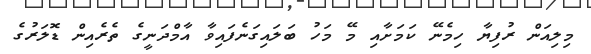
މިލިއަން ރުފިޔާ ހިމެނޭ ކަމަށާއި މޭ މަހު ބަލައިގަނެފައިވާ އާމްދަނީގެ ތެރެއިން ޑޮލަރުގެ